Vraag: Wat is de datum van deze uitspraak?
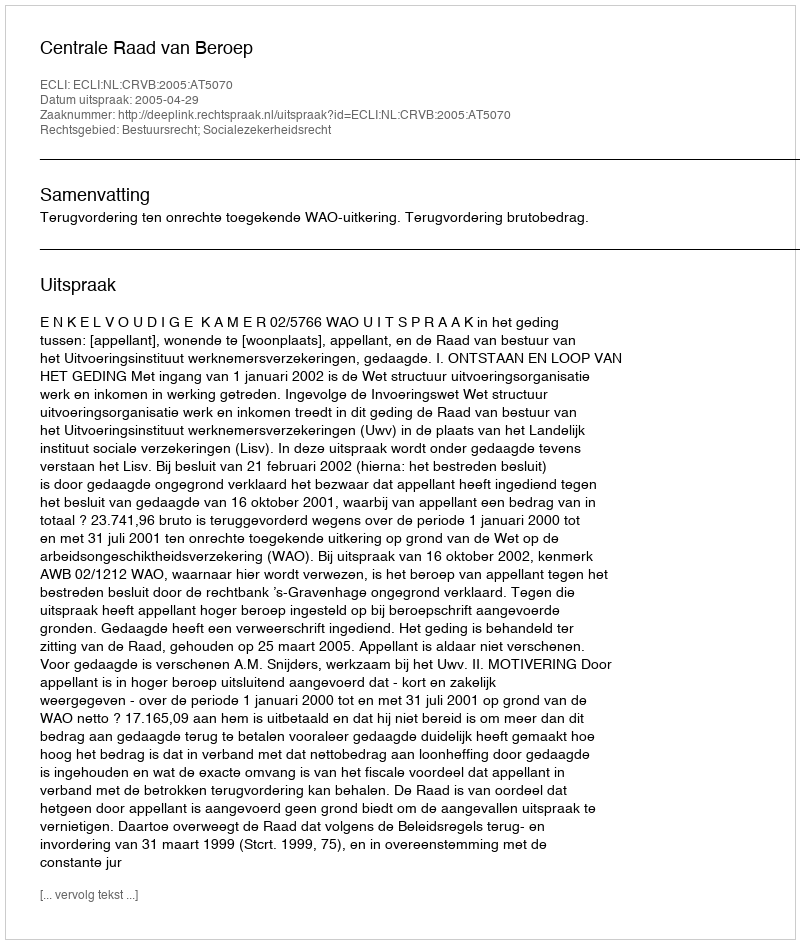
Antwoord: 2005-04-29